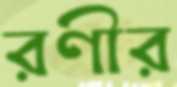
রণীর